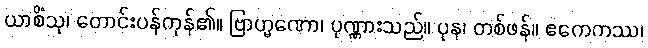
ယာစိံသု၊ တောင်းပန်ကုန်၏။ ဗြာဟ္မဏော၊ ပုဏ္ဏားသည်။ ပုန၊ တစ်ဖန်။ ဧကေကဿ၊